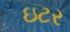
ઇટર